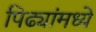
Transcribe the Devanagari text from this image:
पिढ्यांमध्ये